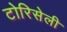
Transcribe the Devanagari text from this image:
टोरिसेली